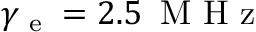
\gamma _ { \textrm { e } } = 2 . 5 \, \textrm { M H z }